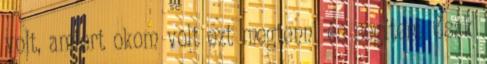
volt, amiért okom volt ezt megtenni és segíteni. Csak